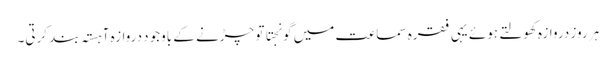
ہر روز دروازہ کھولتے ہوئے یہی فقرہ سماعت میں گونجتا تو چڑنے کے باوجود دروازہ آہستہ بند کرتی۔